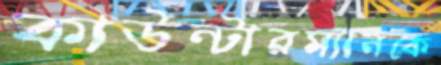
কাউন্টারম্যানকে